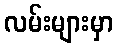
လမ်းများမှာ